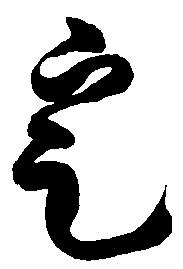
定